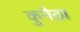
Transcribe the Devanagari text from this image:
कुनैठा